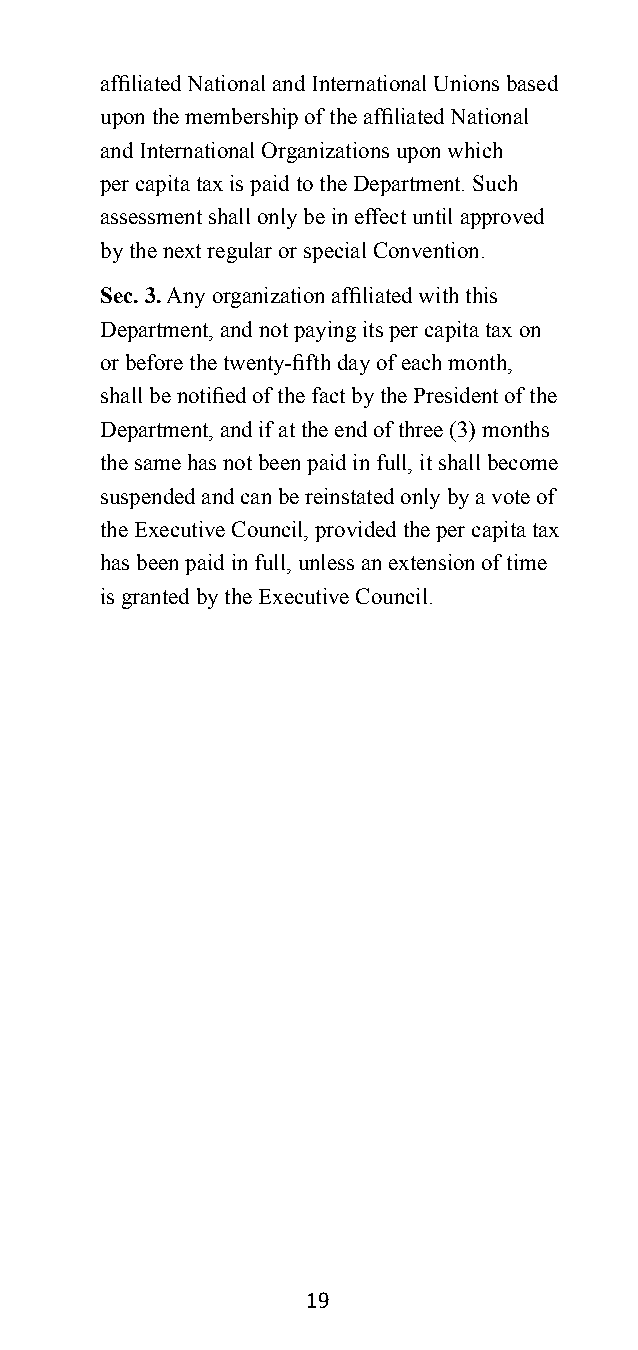
affiliated National and International Unions based
 upon the membership of the affiliated National
 and International Organizations upon which
 per capita tax is paid to the Department. Such
 assessment shall only be in effect until approved
 by the next regular or special Convention.
 Sec. 3. Any organization affiliated with this
 Department, and not paying its per capita tax on
 or before the twenty-fifth day of each month,
 shall be notified of the fact by the President of the
 Department, and if at the end of three (3) months
 the same has not been paid in full, it shall become
 suspended and can be reinstated only by a vote of
 the Executive Council, provided the per capita tax
 has been paid in full, unless an extension of time
 is granted by the Executive Council.
 19